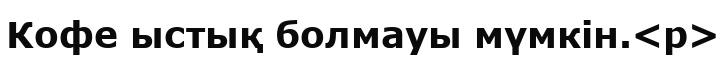
Кофе ыстық болмауы мүмкін.<p>